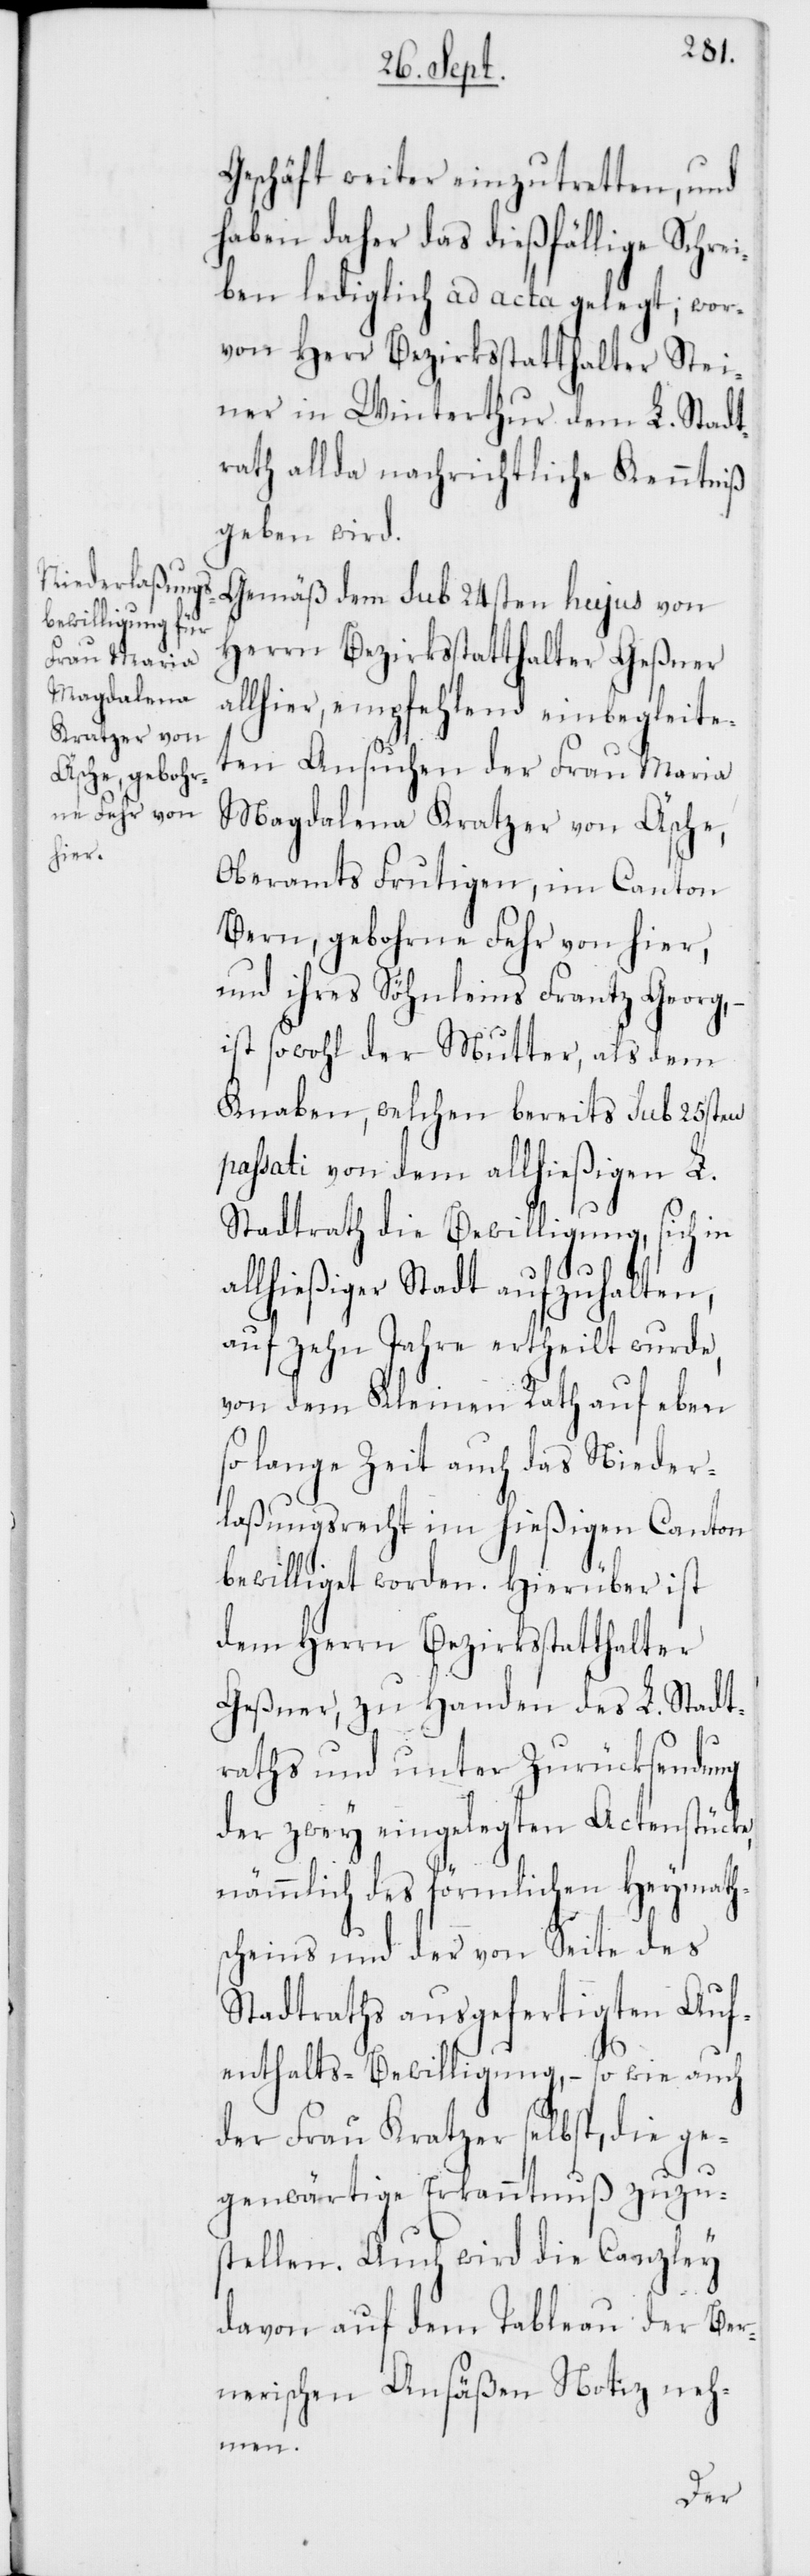
Geschäft weiter einzutretten, und
haben daher das dießfällige Schrei¬
ben lediglich ad acta gelegt; wor¬
von Herr Bezirksstatthalter Stei¬
ner in Winterthur dem L. Stadt¬
rath allda nachrichtliche Kenntniß
geben wird.
Gemäß dem sub 24sten hujus von
Herrn Bezirksstatthalter Geßner
allhier, empfehlend einbegleite¬
ten Ansuchen der Frau Maria
Magdalena Kratzer von Äsche,
Oberamts Frutigen, im Canton
Bern, gebohrne Fehr von hier,
und ihres Söhnleins Franz Georg,
ist sowohl der Mutter, als dem
Knaben, welchen bereits sub 25sten
passati von dem allhießigen L.
Stadtrath die Bewilligung, sich in
allhießiger Stadt aufzuhalten,
auf zehn Jahre ertheilt wurde,
von dem Kleinen Rath auf eben
so lange Zeit auch das Nieder¬
laßungsrecht im hießigen Canton
bewilliget worden. Hierüber ist
dem Herrn Bezirksstatthalter
Geßner, zu Handen des L. Stadt¬
raths und unter Zurücksendung
der zwey eingelegten Actenstücke,
nämmlich des förmlichen Heymath¬
scheins und der von Seite des
Stadtraths ausgefertigten Auf¬
enthalts-Bewilligung, – so wie auch
der Frau Kratzer selbst, die ge¬
genwärtige Erkanntnuß zuzu¬
stellen. Auch wird die Canzley
davon auf dem Tableau der Ber¬
nerischen Ansäßen Notiz neh¬
men.